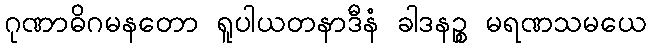
ဂုဏာဓိဂမနတော ရူပါယတနာဒီနံ ခါဒနဉ္စ မရဏသမယေ